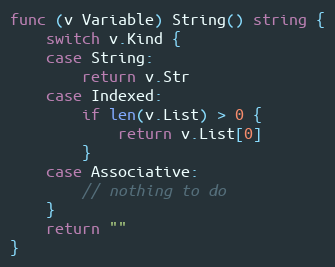
Language: Go
func (v Variable) String() string {
	switch v.Kind {
	case String:
		return v.Str
	case Indexed:
		if len(v.List) > 0 {
			return v.List[0]
		}
	case Associative:
		// nothing to do
	}
	return ""
}